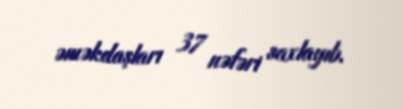
əməkdaşları 37 nəfəri saxlayıb.